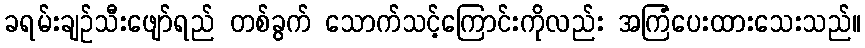
ခရမ်းချဉ်သီးဖျော်ရည် တစ်ခွက် သောက်သင့်ကြောင်းကိုလည်း အကြံပေးထားသေးသည်။